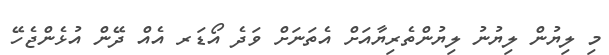
މި ލިޔުން ލިޔުނު ލިޔުންތެރިޔާއަށް އެތަނަށް ވަދެ އޯޑަރ އެއް ދޭން އުޅެންޖެހޭ